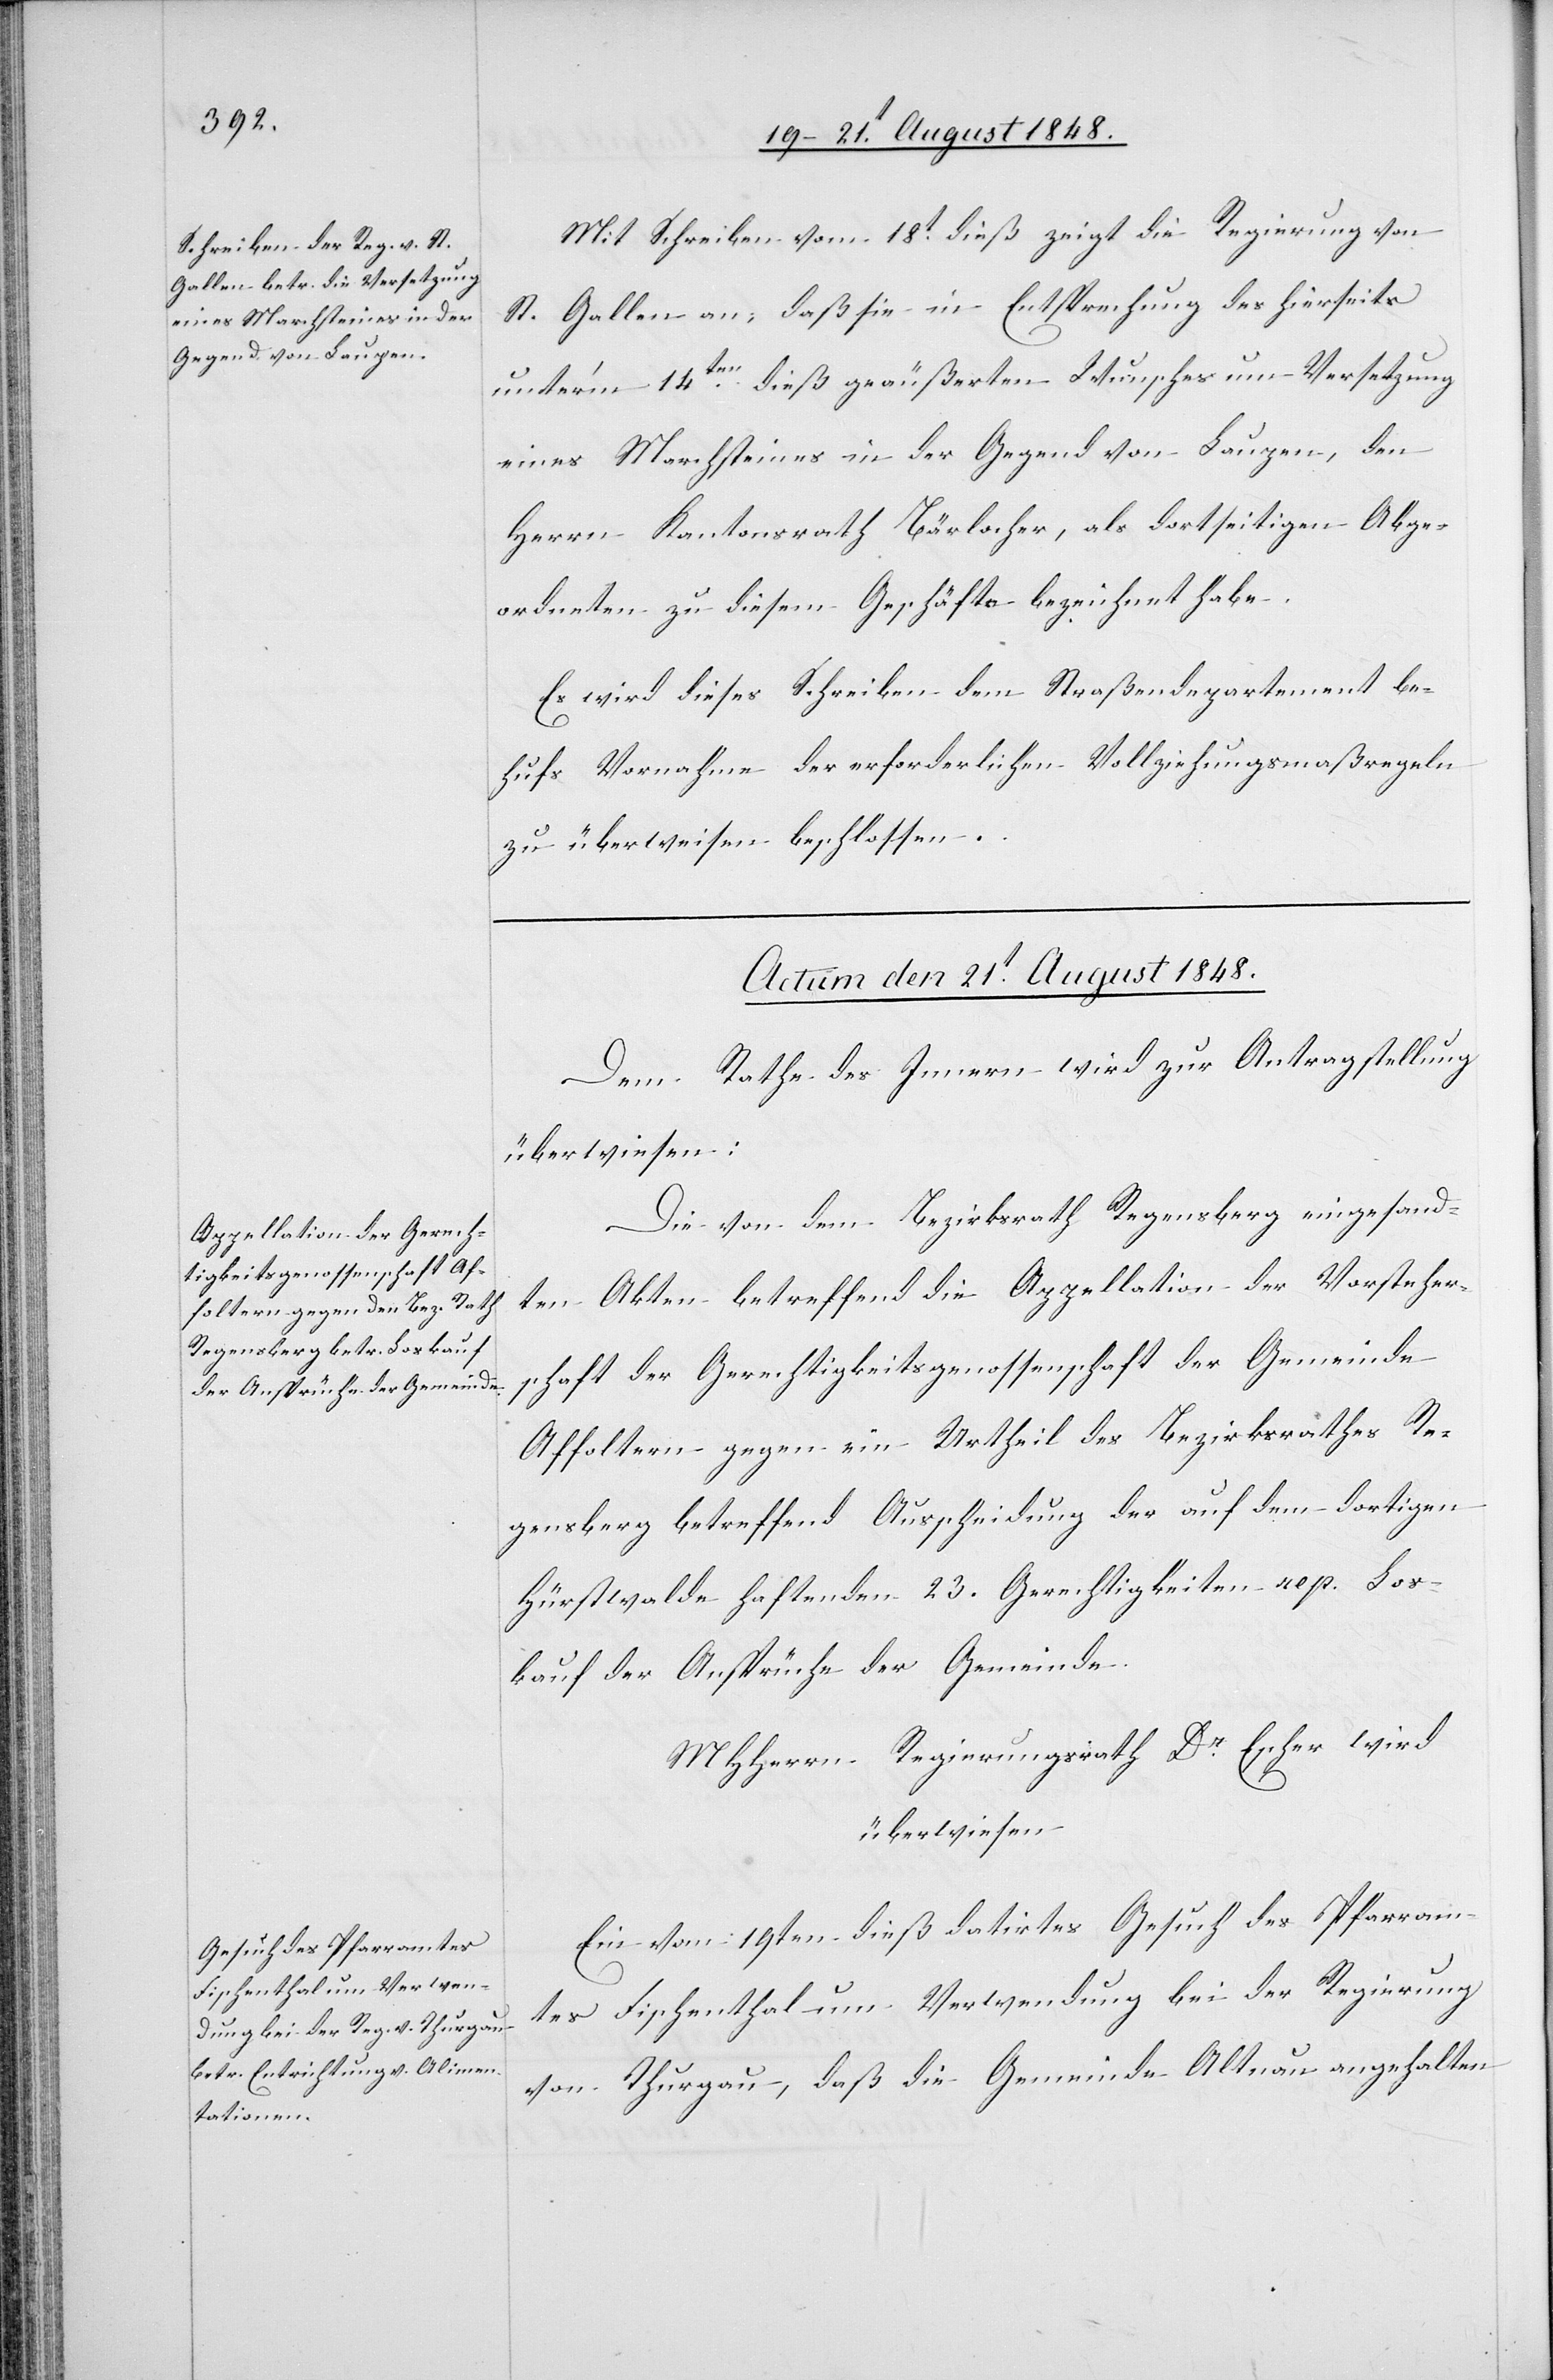
Mit Schreiben vom 18t dieß zeigt die Regierung von
St. Gallen an, daß sie in Entsprechung des hierseits
unter’m 14ten dieß geäußerten Wunsches um Versetzung
eines Marchsteines in der Gegen von Laupen, den
Herrn Kantonsrath Bärlocher, als dortseitigen Abge¬
ordneten zu diesem Geschäfte bezeichnet habe.
Es wird dieses Schreiben dem Straßendepartement be¬
hufs Vornahme der erforderlichen Vollziehungsmaßregeln
zu überweisen beschlossen.
Actum den 21t August 1848.]
Dem Rathe des Innern wird zur Antragstellung
überwiesen:
Die von dem Bezirksrath Regensberg eingesand¬
ten Akten betreffend die Appellation der Vorsteher¬
schaft der Gerechtigkeitsgenossenschaft der Gemeinde
Affoltern gegen ein Urtheil des Bezirksrathes Re¬
gensberg betreffend Ausscheidung der auf dem dortigen
Hürstwalde haftenden 23. Gerechtigkeiten resp. Los¬
kauf der Ansprüche der Gemeinde.
MHHerrn Regierungsrath Dr Escher wird
überwiesen
Ein vom 19ten dieß datirtes Gesuch des Pfarram¬
tes Fischenthal um Verwendung bei der Regierung
von Thurgau, daß die Gemeinde Altnau angehalten